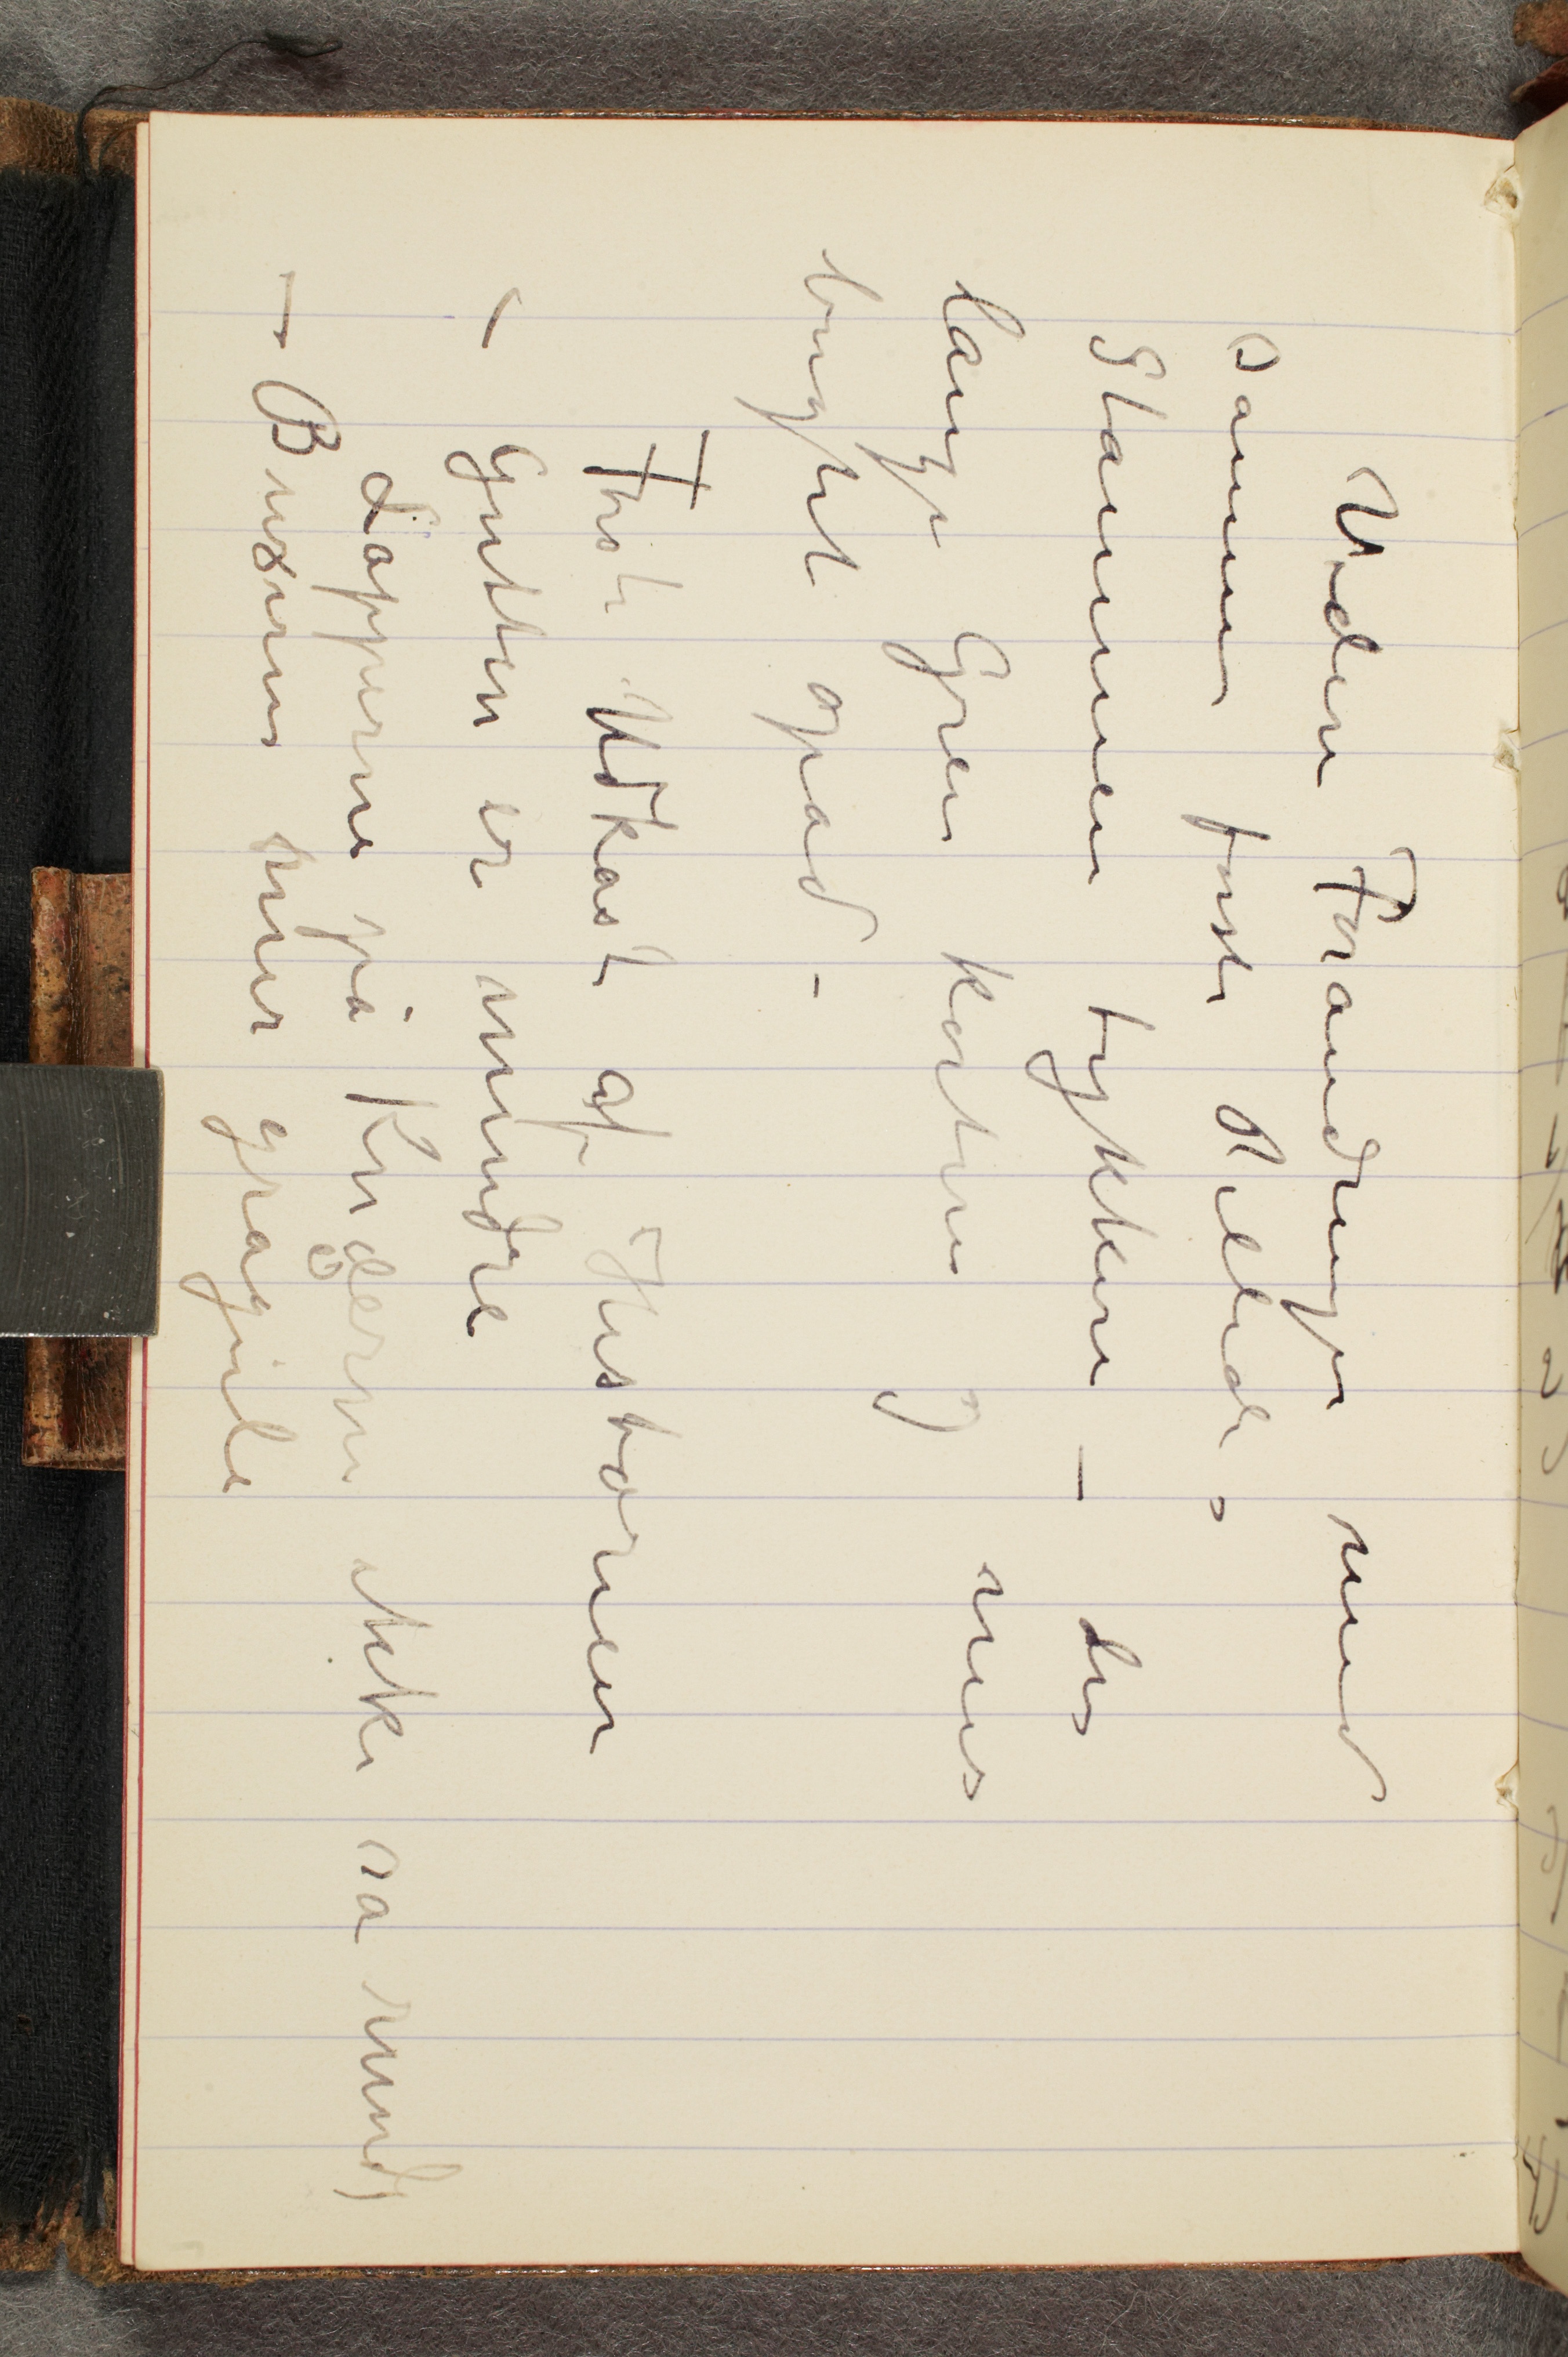
Videre Forandringer med
samme første Billede –
Stammen tykkere – den
lange Gren kortere og mer
bugtet opad –
Første Udkast af Historien
– Gutten er mindre
 Lapperne på Knæerne ikke så runde
– Buxerne mer grågule